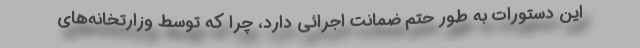
این دستورات به طور حتم ضمانت اجرائی دارد، چرا که توسط وزارتخانه‌های